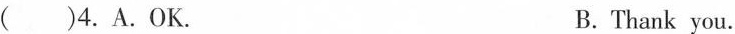
()4.A.OK.B. Thank you.